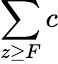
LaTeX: \sum\limits_{z\geq F}c